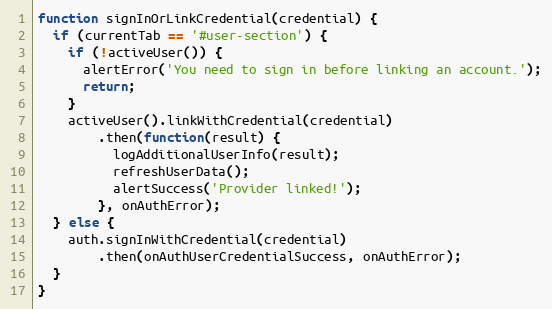
Language: JavaScript
function signInOrLinkCredential(credential) {
  if (currentTab == '#user-section') {
    if (!activeUser()) {
      alertError('You need to sign in before linking an account.');
      return;
    }
    activeUser().linkWithCredential(credential)
        .then(function(result) {
          logAdditionalUserInfo(result);
          refreshUserData();
          alertSuccess('Provider linked!');
        }, onAuthError);
  } else {
    auth.signInWithCredential(credential)
        .then(onAuthUserCredentialSuccess, onAuthError);
  }
}